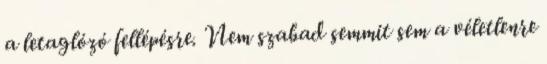
a letaglózó fellépésre. Nem szabad semmit sem a véletlenre